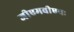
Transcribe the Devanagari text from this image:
जीएमवीएवः